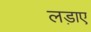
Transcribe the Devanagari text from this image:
लड़ाए